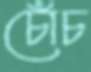
চোঁচ